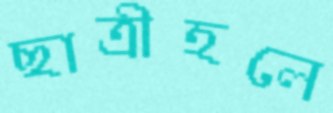
ছাত্রীহলে